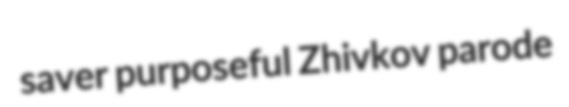
saver purposeful Zhivkov parode